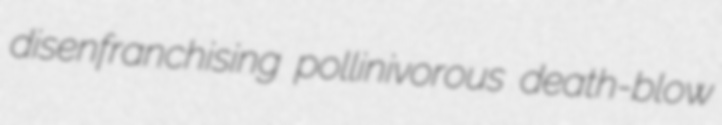
disenfranchising pollinivorous death-blow